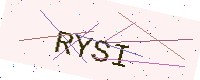
Text: RYSI